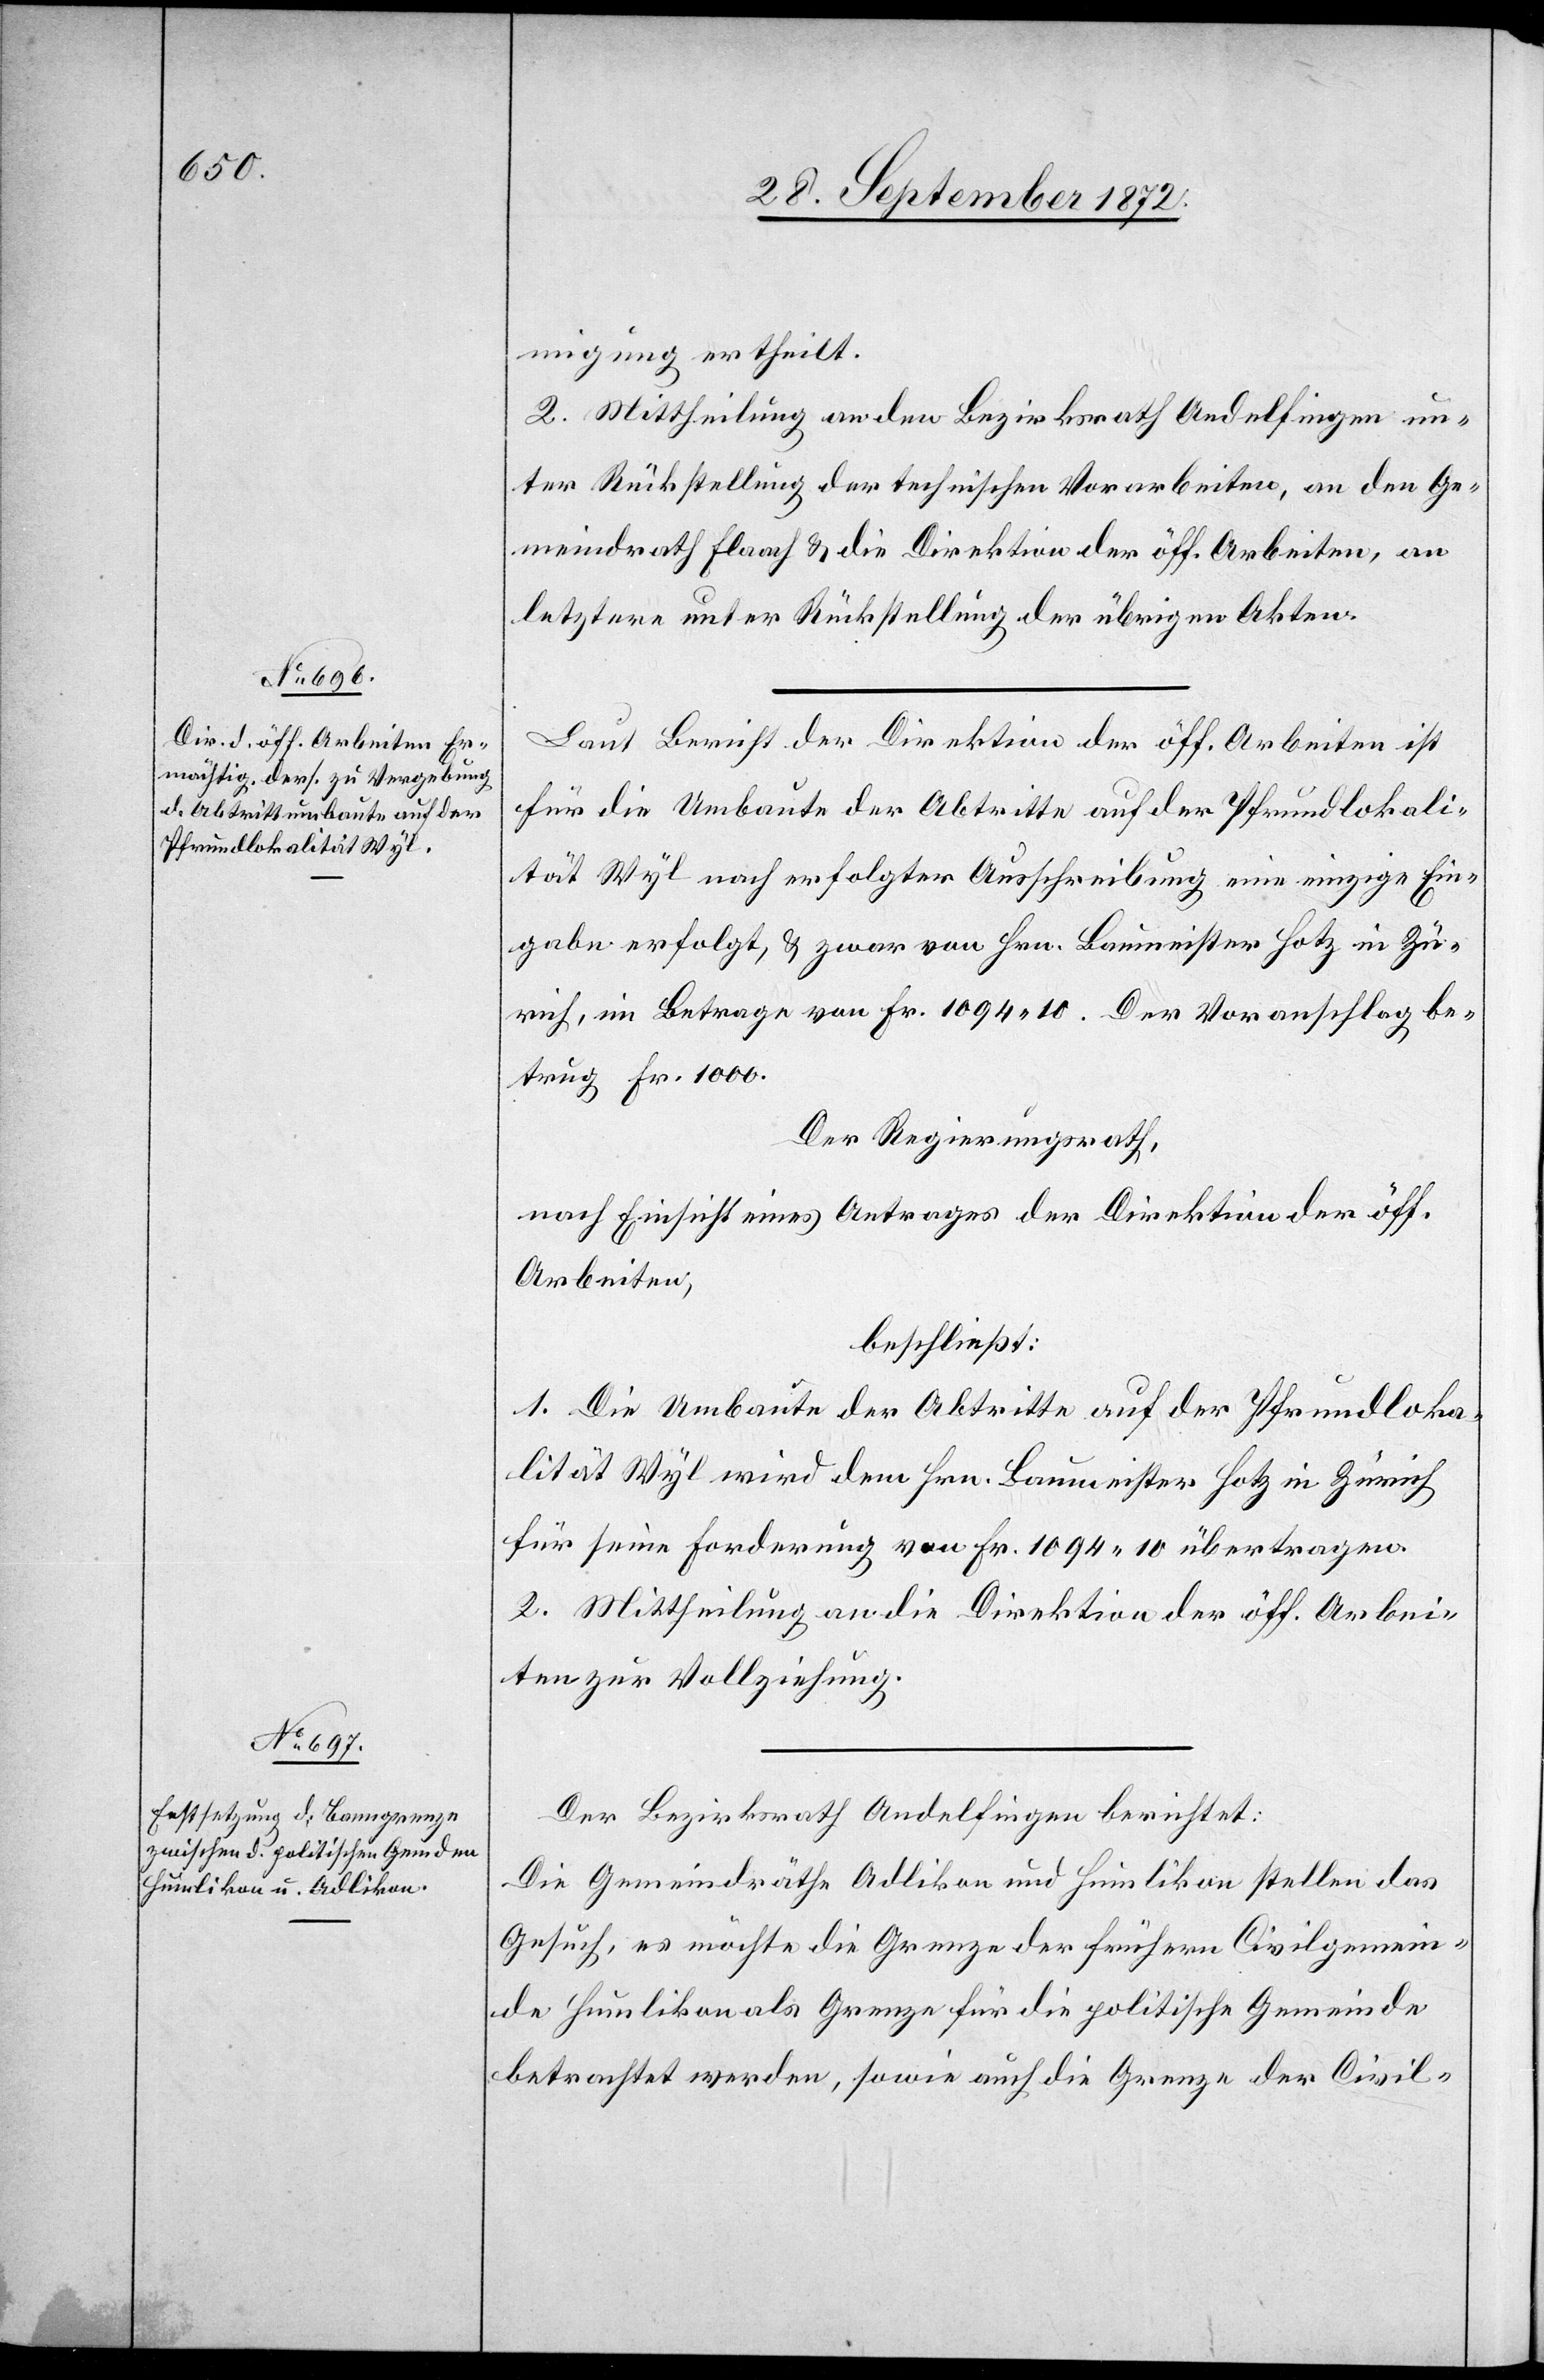
migung ertheilt.
2. Mittheilung an den Bezirksrath Andelfingen un¬
ter Rückstellung der technischen Vorarbeiten, an den Ge¬
meindrath Flaach u. die Direktion der öff. Arbeiten, an
letztere unter Rückstellung der übrigen Akten.
Laut Bericht der Direktion der öff. Arbeiten ist
für die Umbaute der Abtritte auf der Pfrundlokali¬
tät Wyl nach erfolgter Ausschreibung eine einzige Ein¬
gabe erfolgt, u. zwar von Hrn. Baumeister Hotz in Zü¬
rich, im Betrage von Fr. 1094 10. Der Voranschlag be¬
trug Fr. 1000.
Der Regierungsrath,
nach Einsicht eines Antrages der Direktion der öff.
Arbeiten,
beschließt:
1. Die Umbaute der Abtritte auf der Pfrundloka¬
lität Wyl wird dem Hrn. Baumeister Hotz in Zürich
für seine Forderung von Fr. 1094 10 übertragen.
2. Mittheilung an die Direktion der öff. Arbei¬
ten zur Vollziehung.
Der Bezirksrath Andelfingen berichtet:
Die Gemeindräthe Adlikon und Humlikon stellen das
Gesuch, es möchte die Grenze der frühern Civilgemein¬
de Humlikon als Grenze für die politische Gemeinde
betrachtet werden, sowie auch die Grenze der Civil-